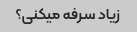
زیاد سرفه میکنی؟